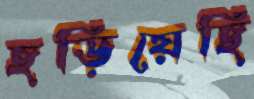
ছড়িয়েছি